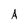
Character: A